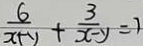
\frac { 6 } { x + y } + \frac { 3 } { x - y } = 1